Document type: Sale
Year: 1440
Scribe: Pere Pau Pujades
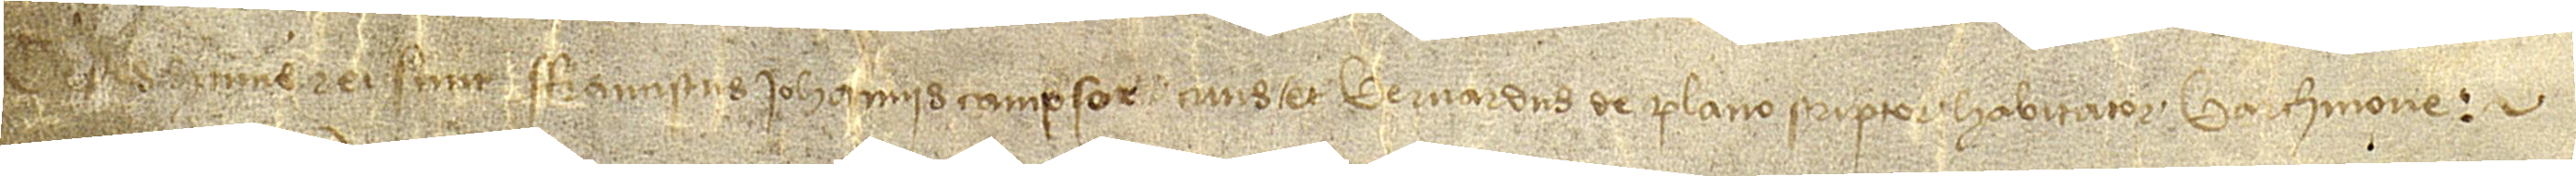
Testes huius rei sunt: Franciscus Iohannis, campsor, civis, et Bernardus de Plano, scriptor, habitator, Barchinone.